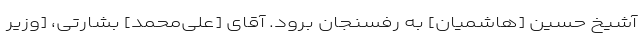
آشیخ حسین [هاشمیان] به رفسنجان برود. آقای [علی‌محمد] بشارتی، [وزیر